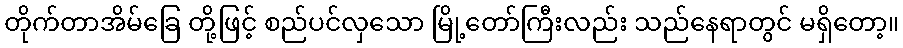
တိုက်တာအိမ်ခြေ တို့ဖြင့် စည်ပင်လှသော မြို့တော်ကြီးလည်း သည်နေရာတွင် မရှိတော့။